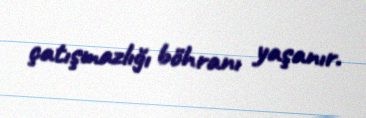
çatışmazlığı böhranı yaşanır.